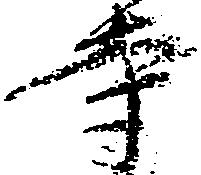
寺